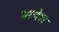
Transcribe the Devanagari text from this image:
मालेश